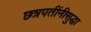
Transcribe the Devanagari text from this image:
छत्रपतींनीसुद्धा